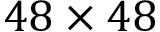
4 8 \times 4 8